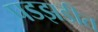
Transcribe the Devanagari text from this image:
पडझडीत